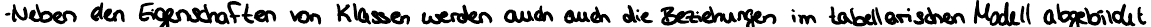
- Neben den Eigenschaften von Klassen werden auch auch die Beziehungen im tabellarischen Modell abgebildet